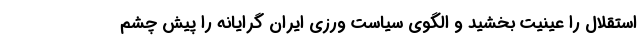
استقلال را عینیت بخشید و الگوی سیاست ورزی ایران گرایانه را پیش چشم